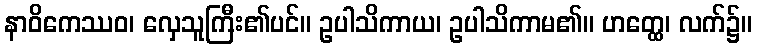
နာဝိကေဿဝ၊ လှေသူကြီး၏ပင်။ ဥပါသိကာယ၊ ဥပါသိကာမ၏။ ဟတ္ထေ၊ လက်၌။